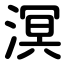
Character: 溟